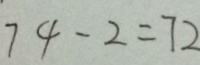
7 4 - 2 = 7 2